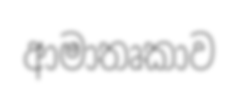
ආමාතෘකාව